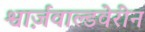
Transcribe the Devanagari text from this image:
श्वार्ज़वाल्डवेरीन